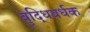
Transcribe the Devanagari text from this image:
बुद्धिवर्धक